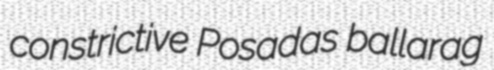
constrictive Posadas ballarag